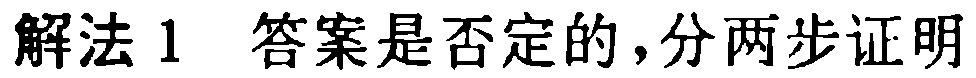
解法1 答案是否定的,分两步证明